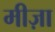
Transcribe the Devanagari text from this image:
मीज़ा